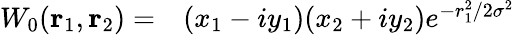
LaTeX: \begin{array}{rl}{W_{0}(\textbf{r}_{1},\textbf{r}_{2})=}&{{}(x_{1}-iy_{1})(x_{2}+iy_{2})e^{-r_{1}^{2}/2\sigma^{2}}}\end{array}